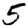
Digit: 5